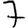
Digit: 7